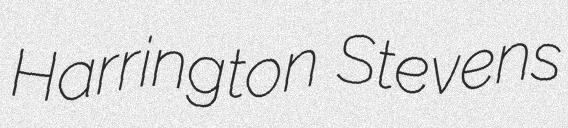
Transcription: Harrington Stevens